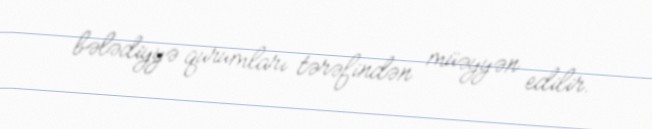
bələdiyyə qurumları tərəfindən müəyyən edilir.